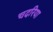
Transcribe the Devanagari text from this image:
चदरिया